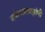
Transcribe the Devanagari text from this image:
तर्कशास्त्रज्ञांनी